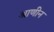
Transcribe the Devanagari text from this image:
आणीन